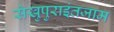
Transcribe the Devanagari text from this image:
सेखुपुराइंतजाम